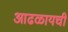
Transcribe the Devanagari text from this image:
आढळायची